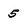
Character: 5